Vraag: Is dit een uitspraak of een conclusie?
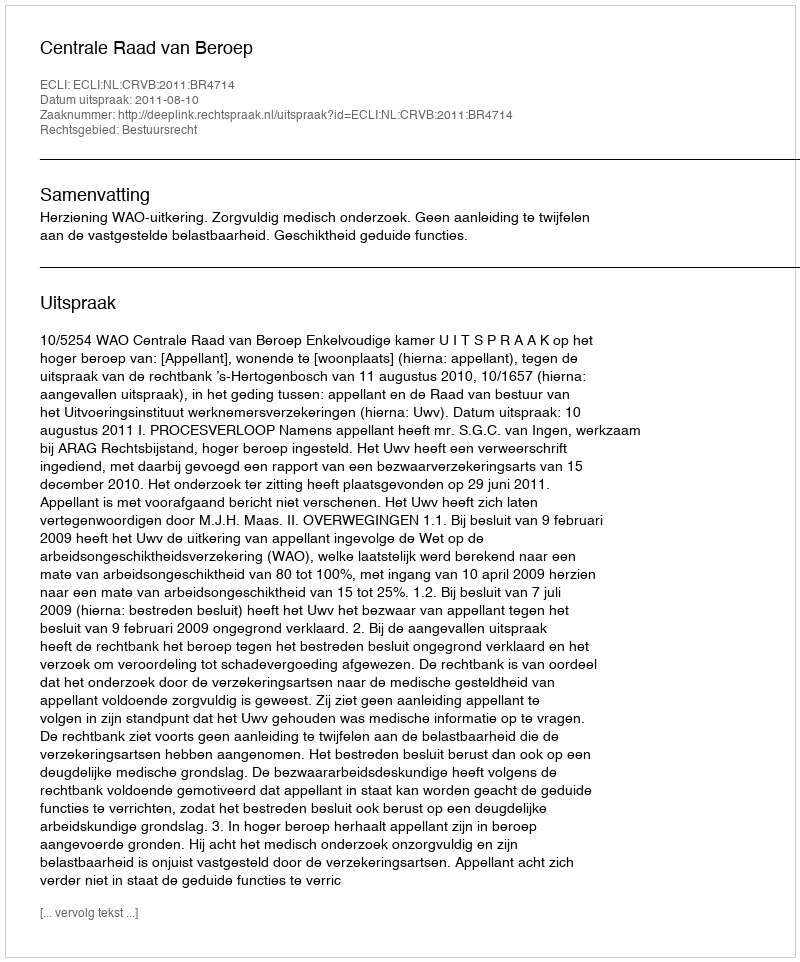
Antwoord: Uitspraak